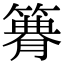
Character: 𥳫